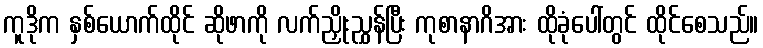
ကူဒိုက နှစ်ယောက်ထိုင် ဆိုဖာကို လက်ညှိုးညွှန်ပြီး ကုစာနာဂိအား ထိုခုံပေါ်တွင် ထိုင်စေသည်။